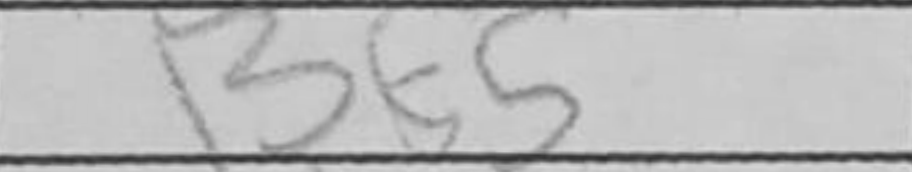
Transcription: Bf5